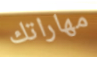
مهاراتك